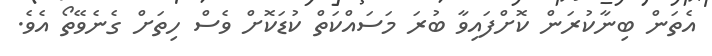
އެތަން ބިނާކުރަން ކޮށްފައިވާ ބުރަ މަސައްކަތް ކުޑަކޮށް ވެސް ހިތަށް ގެނެވޭތޯ އެވެ.